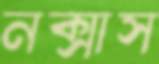
নক্সাস